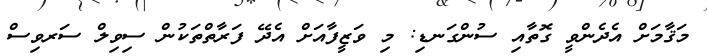
މަޤާމަށް އެދެންވީ ގޮތާއި ސުންގަނޑި: މި ވަޒީފާއަށް އެދޭ ފަރާތްތަކުން ސިވިލް ސަރވިސް